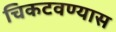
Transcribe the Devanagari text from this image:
चिकटवण्यास